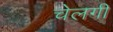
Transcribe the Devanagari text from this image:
चेलगी